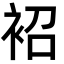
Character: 袑